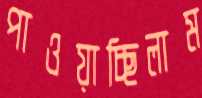
পাওয়াচ্ছিলাম